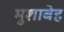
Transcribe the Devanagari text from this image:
मुशाबेह